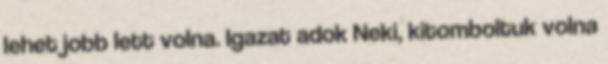
lehet jobb lett volna. Igazat adok Neki, kitomboltuk volna